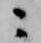
ニ